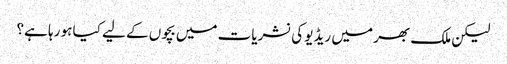
لیکن ملک بھر میں ریڈیو کی نشریات میں بچوں کے لیے کیا ہو رہا ہے؟